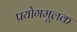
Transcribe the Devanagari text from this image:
प्रयोगमूलक